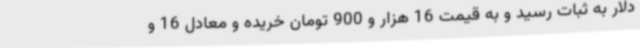
دلار به ثبات رسید و به قیمت 16 هزار و 900 تومان خریده و معادل 16 و